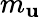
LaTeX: m_{\mathbf{u}}